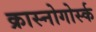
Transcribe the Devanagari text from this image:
क्रास्नोगोर्स्क